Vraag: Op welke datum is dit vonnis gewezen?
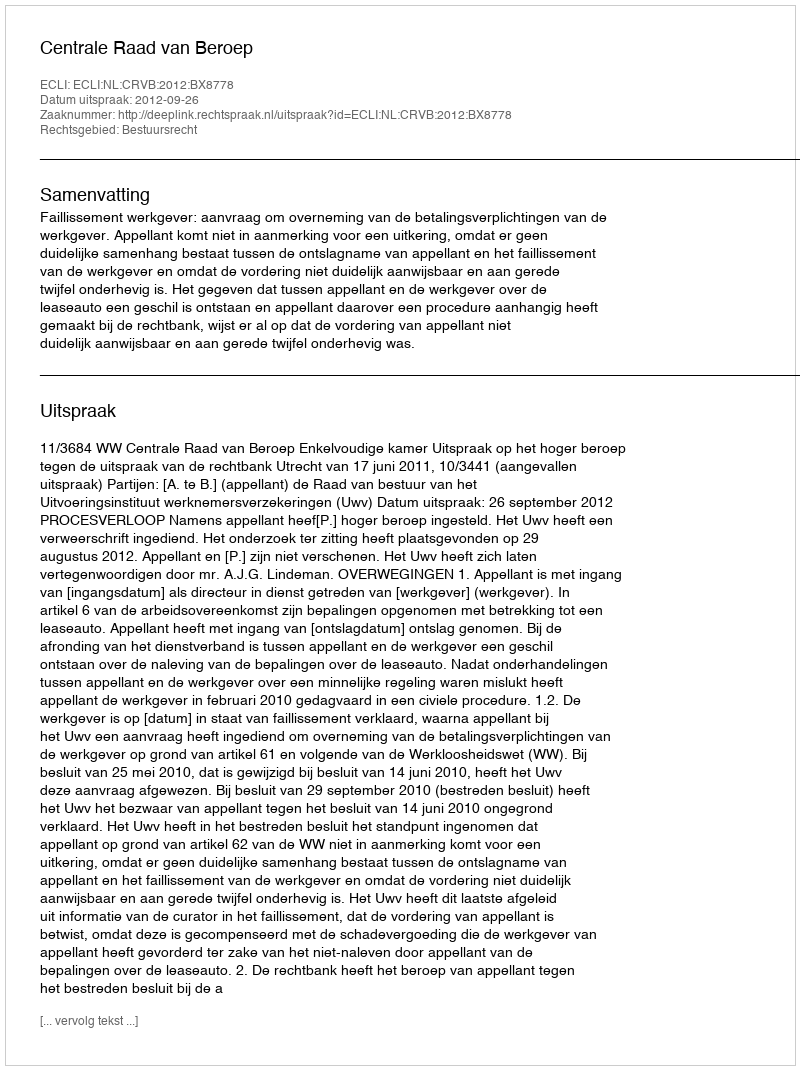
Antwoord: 2012-09-26